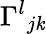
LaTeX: {\Gamma^{l}}_{j\mathit{k}}